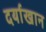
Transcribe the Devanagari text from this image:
दर्याखान